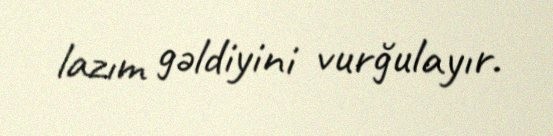
lazım gəldiyini vurğulayır.